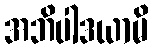
အဘိပါဒယာမိ